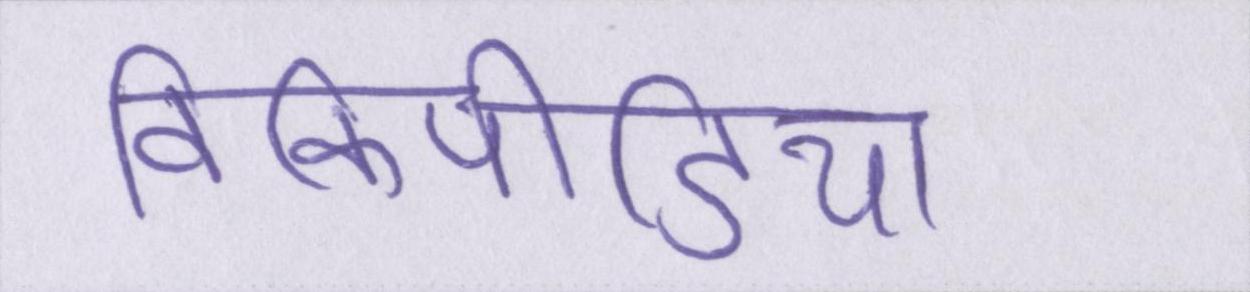
विकिपीडिया